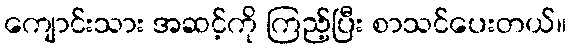
ကျောင်းသား အဆင့်ကို ကြည့်ပြီး စာသင်ပေးတယ်။